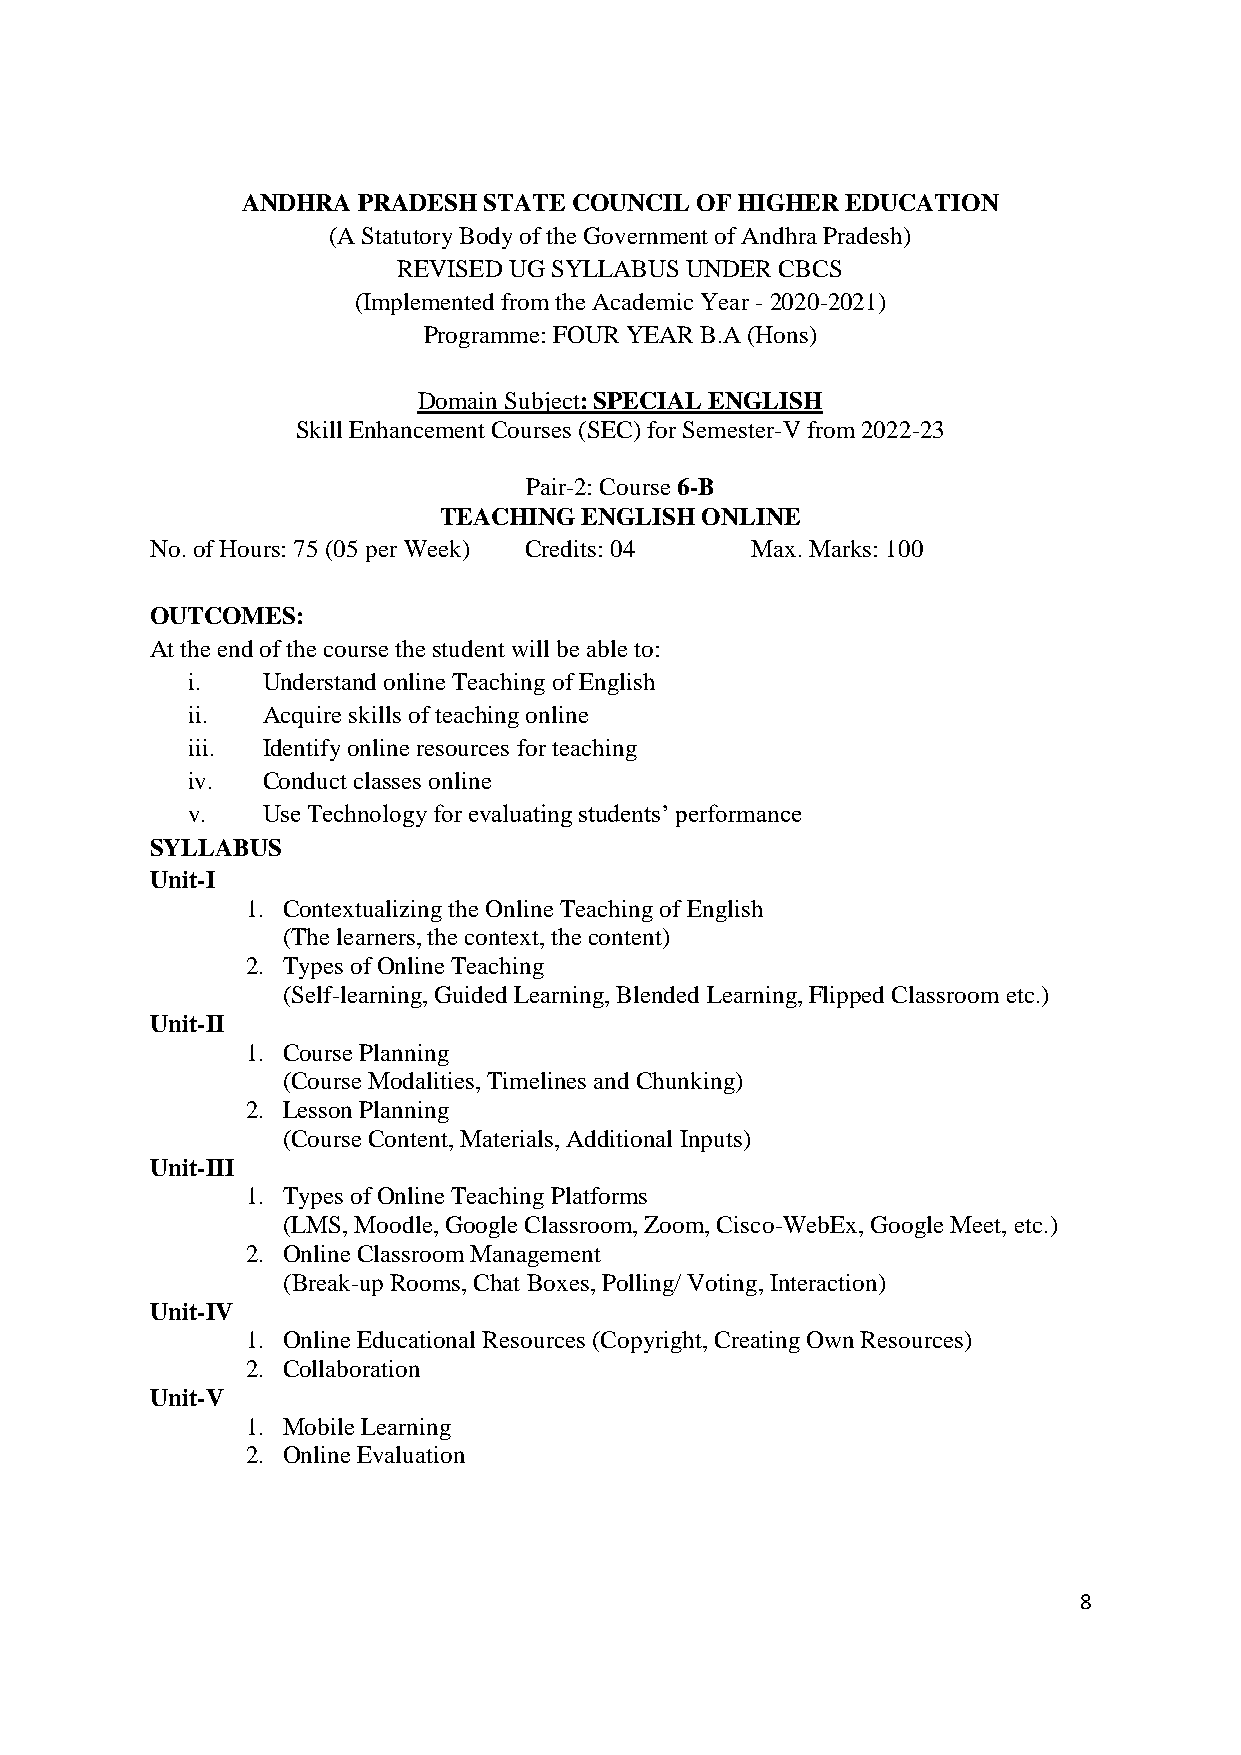
ANDHRA  PRADESH STATE COUNCIL OF HIGHER EDUCATION
 (A Statutory Body of the Government of Andhra Pradesh)
 REVISED UG SYLLABUS UNDER CBCS
 (Implemented from the Academic Year - 2020-2021)
 Programme: FOUR YEAR B.A (Hons)
 Domain Subject: SPECIAL ENGLISH
 Skill Enhancement Courses (SEC) for Semester-V from 2022-23
 Pair-2: Course 6-B
 TEACHING  ENGLISH ONLINE
 No. of Hours: 75 (05 per Week) Credits: 04 Max. Marks: 100
 OUTCOMES:
 At the end of the course the student will be able to:
 i.   Understand online Teaching of English
 ii.  Acquire skills of teaching online
 iii. Identify online resources for teaching
 iv.  Conduct classes online
 v.   Use Technology for evaluating students’ performance
 SYLLABUS
 Unit-I
 1. Contextualizing the Online Teaching of English
 (The learners, the context, the content)
 2. Types of Online Teaching
 (Self-learning, Guided Learning, Blended Learning, Flipped Classroom etc.)
 Unit-II
 1. Course Planning
 (Course Modalities, Timelines and Chunking)
 2. Lesson Planning
 (Course Content, Materials, Additional Inputs)
 Unit-III
 1. Types of Online Teaching Platforms
 (LMS, Moodle, Google Classroom, Zoom, Cisco-WebEx, Google Meet, etc.)
 2. Online Classroom Management
 (Break-up Rooms, Chat Boxes, Polling/ Voting, Interaction)
 Unit-IV
 1. Online Educational Resources (Copyright, Creating Own Resources)
 2. Collaboration
 Unit-V
 1. Mobile Learning
 2. Online Evaluation
 8